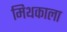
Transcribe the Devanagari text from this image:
मिथकाला